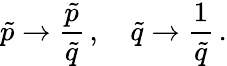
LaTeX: \tilde{p}\to\frac{\tilde{p}}{\tilde{q}}\, ,\quad\tilde{q}\to\frac{1}{\tilde{q}}\, .